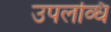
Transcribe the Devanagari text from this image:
उपलव्धि